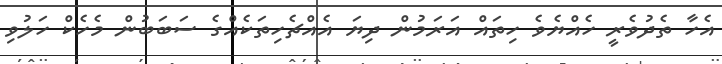
އެހާ ތެދުވެރީ ހެއްޔެވެ ހިތައް އަރަމުން ދިޔަ އެއްޗެހިތަކެއްގެ ސަބަބުން މެހެކް ހަލުވި